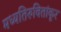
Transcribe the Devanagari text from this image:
मध्यतिरुवितांकूर